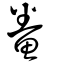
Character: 鯗